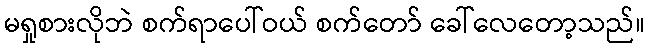
မရှုစားလိုဘဲ စက်ရာပေါ်ဝယ် စက်တော် ခေါ်လေတော့သည်။